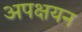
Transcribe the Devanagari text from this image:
अपक्षयन